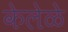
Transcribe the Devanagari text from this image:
केलेळे